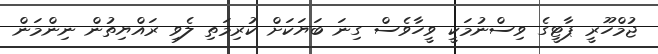
ޖުމްހޫރީ ޕާޓީގެ ވިސްނުމަކީ ވީހާވެސް ގިނަ ބަޔަކަށް ކުރިމަތި ލެވި ރައްޔިތުން ނިންމަން